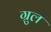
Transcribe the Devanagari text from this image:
ग्रुल